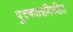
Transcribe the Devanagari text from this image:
पुरुषपात्रविरहित